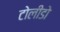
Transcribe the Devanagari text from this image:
टोलीडो